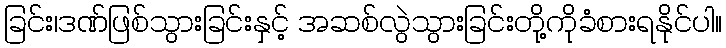
ခြင်း၊ဒဏ်ဖြစ်သွားခြင်းနှင့် အဆစ်လွဲသွားခြင်းတို့ကိုခံစားရနိုင်ပါ။